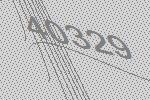
40329